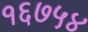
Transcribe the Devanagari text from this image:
१६७५४